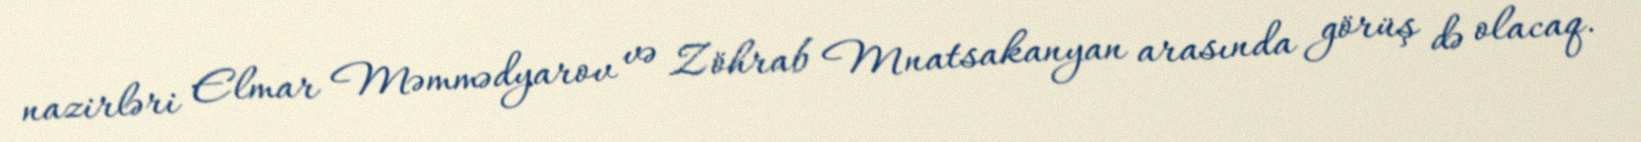
nazirləri Elmar Məmmədyarov və Zöhrab Mnatsakanyan arasında görüş də olacaq.